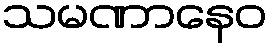
သမဏာနေဝ